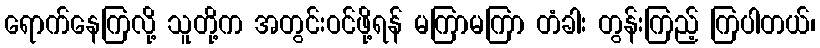
ရောက်နေကြလို့ သူတို့က အတွင်းဝင်ဖို့ရန် မကြာမကြာ တံခါး တွန်းကြည့် ကြပါတယ်၊